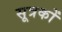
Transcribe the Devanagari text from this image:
सूत्रकों